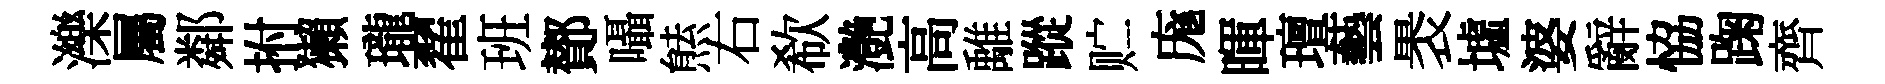
濼屬鄰拊獺瓏翟班鄼囁㷱右欷灔高𩀌蹤贮庬暉璮藝褁墟婆辭恊踘齊